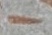
Text: -